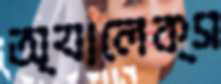
অ্যালেক্স